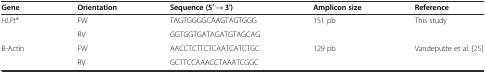
<table><thead><tr><td><b>Gene</b></td><td><b>Orientation</b></td><td><b>Sequence (5′ → 3′)</b></td><td><b>Amplicon size</b></td><td><b>Reference</b></td></tr></thead><tbody><tr><td rowspan="2"><i>HLPt</i>*</td><td>FW</td><td>TAGTGGGGCAAGTAGTGGG</td><td rowspan="2">151 pb</td><td rowspan="2">This study</td></tr><tr><td>RV</td><td>GGTGGTGATAGATGTAGCAG</td></tr><tr><td rowspan="2">Β-Actin</td><td>FW</td><td>AACCTCTTCTCAATCATCTGC</td><td rowspan="2">129 pb</td><td rowspan="2">Vandeputte et al. [25]</td></tr><tr><td>RV</td><td>GCTTCCAAACCTAAATCGGC</td></tr></tbody></table>